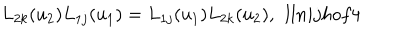
L _ { 2 k } ( u _ { 2 } ) L _ { 1 j } ( u _ { 1 } ) = L _ { 1 j } ( u _ { 1 } ) L _ { 2 k } ( u _ { 2 } ) , \ \, l l { n i j h o f 4 }